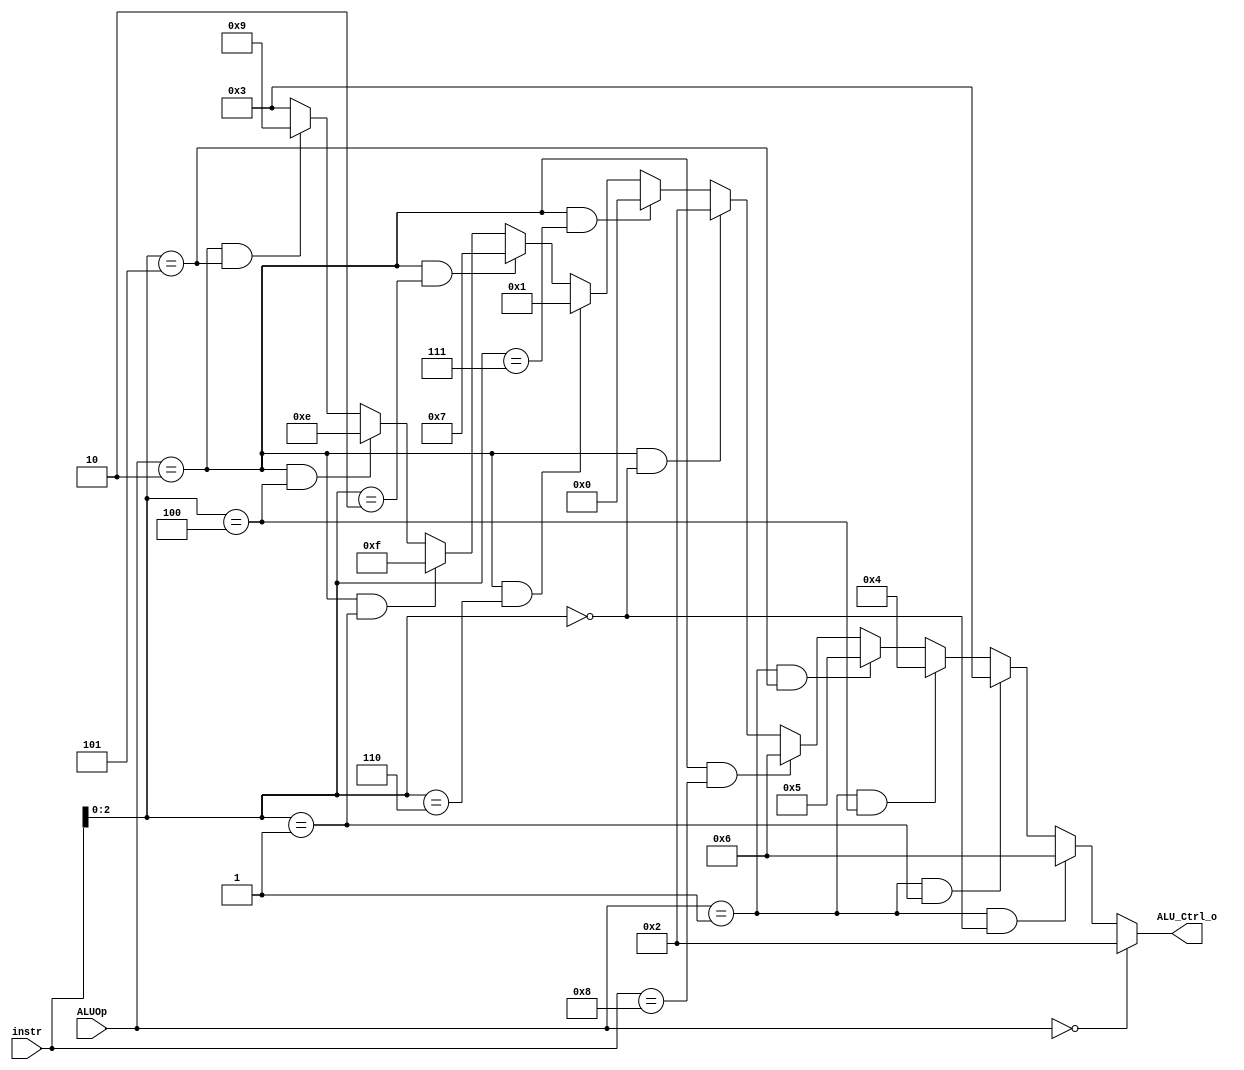
/***************************************************
Student Name: 
Student ID: 0511226
***************************************************/

`timescale 1ns/1ps

module ALU_Ctrl(
	input		[3:0]	instr,
	input		[1:0]	ALUOp,
	output wire	[3:0] ALU_Ctrl_o
	);
	
/* Write your code HERE */
assign ALU_Ctrl_o = (ALUOp==2'b00)                 			 ? 4'b0010 : //load/store -> ALU = add
					((ALUOp==2'b01) && (instr[2:0]==3'b000)) ? 4'b0110 : //beq     
					((ALUOp==2'b01) && (instr[2:0]==3'b001)) ? 4'b0011 : //bne
					((ALUOp==2'b01) && (instr[2:0]==3'b100)) ? 4'b0100 : //blt
					((ALUOp==2'b01) && (instr[2:0]==3'b101)) ? 4'b0101 : //bge
					((ALUOp==2'b10) && (instr==4'b1000))     ? 4'b0110 : //ALU = sub
					((ALUOp==2'b10) && (instr[2:0]==3'b000)) ? 4'b0010 : //ALU = add
					((ALUOp==2'b10) && (instr[2:0]==3'b111)) ? 4'b0000 : //ALU = and
					((ALUOp==2'b10) && (instr[2:0]==3'b110)) ? 4'b0001 : //ALU = or
					((ALUOp==2'b10) && (instr[2:0]==3'b010)) ? 4'b0111 : //ALU = SLT (set less than)
					((ALUOp==2'b10) && (instr[2:0]==3'b001)) ? 4'b1111 : //ALU = sll (shift left logical)
					((ALUOp==2'b10) && (instr[2:0]==3'b100)) ? 4'b1110 : //ALU = xor (exclusive or)
					((ALUOp==2'b10) && (instr[2:0]==3'b101)) ? 4'b1001 : //ALU = sra (shift right arithmetic)
															   4'b0011;  //ALU = Error detect

 
endmodule